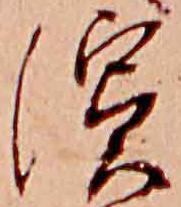
浜